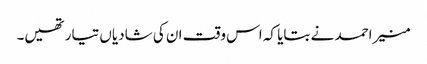
منیر احمد نے بتایا کہ اس وقت ان کی شادیاں تیار تھیں۔